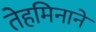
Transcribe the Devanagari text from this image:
तेहमिनाने